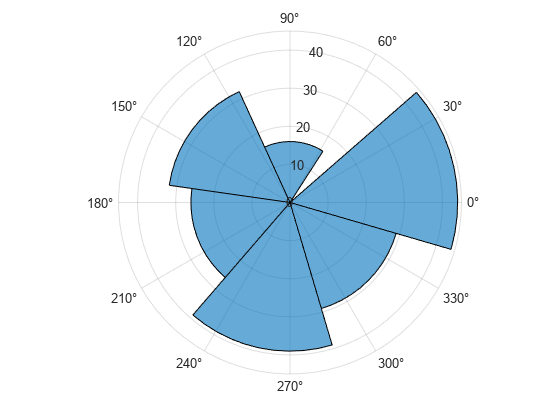
matlab, figure, polarhistogram